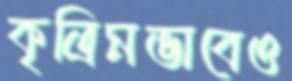
কৃত্রিমভাবেও